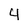
Character: 4